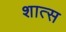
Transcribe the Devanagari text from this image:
शात्स